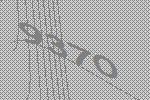
9370